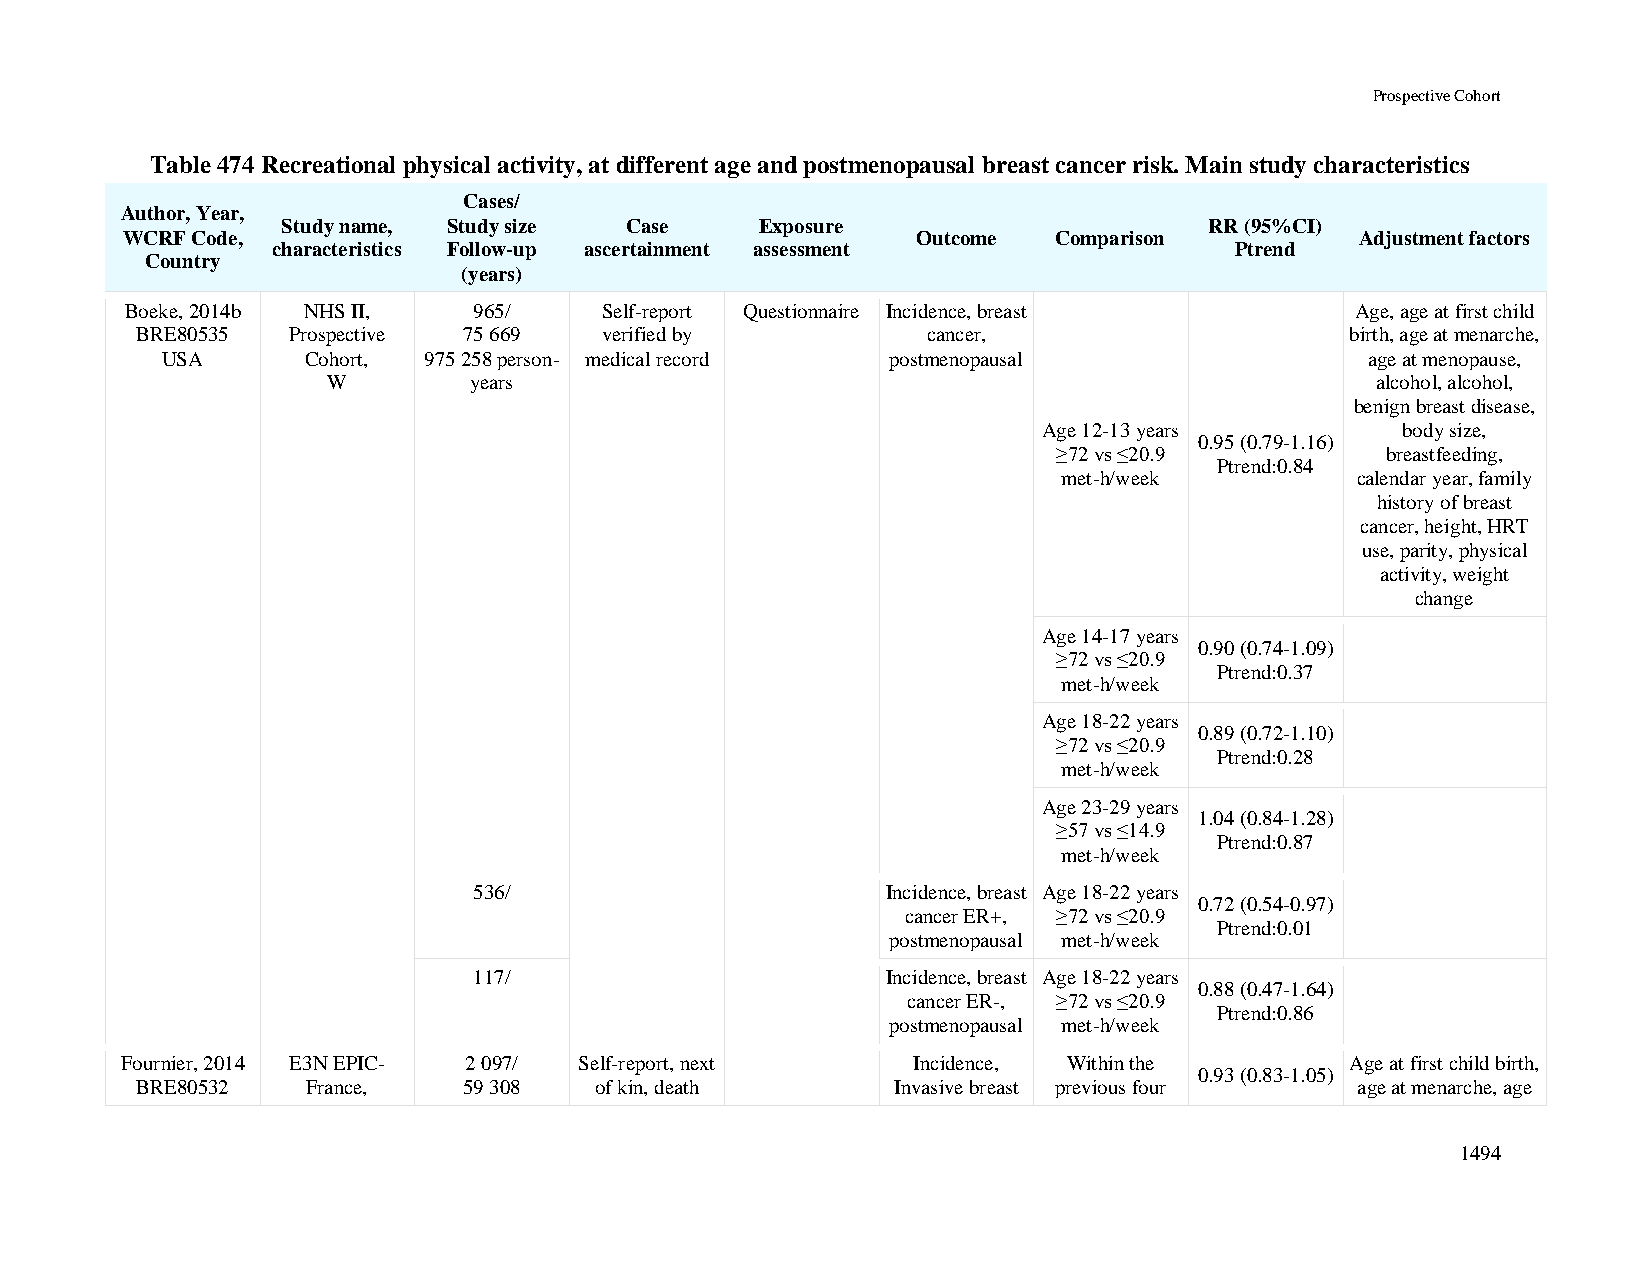
Prospective Cohort
 Table 474 Recreational physical activity, at different age and postmenopausal breast cancer risk. Main study characteristics
 Cases/
 Author, Year,
 Study name, Study size Case    Exposure                      RR (95%CI)
 WCRF Code,                                           Outcome  Comparison          Adjustment factors
 characteristics Follow-up ascertainment assessment              Ptrend
 Country
 (years)
 Boeke, 2014b NHS II,   965/     Self-report Questionnaire Incidence, breast       Age, age at first child
 BRE80535  Prospective 75 669   verified by          cancer,                     birth, age at menarche,
 USA      Cohort, 975 258 person- medical record postmenopausal                  age at menopause,
 W        years                                                       alcohol, alcohol,
 benign breast disease,
 Age 12-13 years         body size,
 0.95 (0.79-1.16)
 ≥72 vs ≤20.9          breastfeeding,
 Ptrend:0.84
 met-h/week          calendar year, family
 history of breast
 cancer, height, HRT
 use, parity, physical
 activity, weight
 change
 Age 14-17 years
 0.90 (0.74-1.09)
 ≥72 vs ≤20.9
 Ptrend:0.37
 met-h/week
 Age 18-22 years
 0.89 (0.72-1.10)
 ≥72 vs ≤20.9
 Ptrend:0.28
 met-h/week
 Age 23-29 years
 1.04 (0.84-1.28)
 ≥57 vs ≤14.9
 Ptrend:0.87
 met-h/week
 536/                        Incidence, breast Age 18-22 years
 0.72 (0.54-0.97)
 cancer ER+, ≥72 vs ≤20.9
 Ptrend:0.01
 postmenopausal met-h/week
 117/                        Incidence, breast Age 18-22 years
 0.88 (0.47-1.64)
 cancer ER-, ≥72 vs ≤20.9
 Ptrend:0.86
 postmenopausal met-h/week
 Fournier, 2014 E3N EPIC- 2 097/ Self-report, next   Incidence, Within the        Age at first child birth,
 0.93 (0.83-1.05)
 BRE80532   France,    59 308  of kin, death       Invasive breast previous four  age at menarche, age
 1494